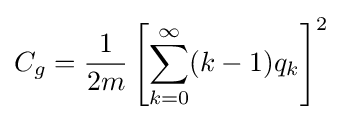
C_{g}={\frac {1}{2m}}\left[\sum _{k=0}^{\infty }(k-1)q_{k}\right]^{2}